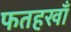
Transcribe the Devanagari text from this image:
फतहखाँ